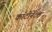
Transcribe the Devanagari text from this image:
काँटीनेंटल